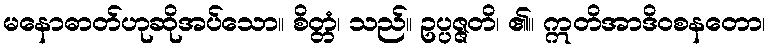
မနောဓာတ်ဟုဆိုအပ်သော။ စိတ္တံ၊ သည်။ ဥပ္ပဇ္ဇတိ၊ ၏။ ဣတိအာဒိဝစနတော၊